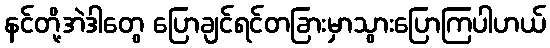
နင်တို့အဲဒါတွေ ပြောချင်ရင်တခြားမှာသွားပြောကြပါဟယ်